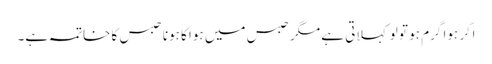
اگر ہوا گرم ہو تو لو کہلاتی ہے مگر حبس میں ہوا کا ہونا حبس کا خاتمہ ہے۔